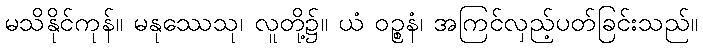
မသိနိုင်ကုန်။ မနုဿေသု၊ လူတို့၌။ ယံ ဝဉ္စနံ၊ အကြင်လှည့်ပတ်ခြင်းသည်။